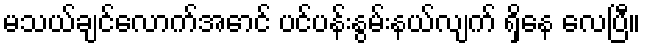
မသယ်ချင်လောက်အောင် ပင်ပန်းနွမ်းနယ်လျက် ရှိနေ လေပြီ။